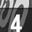
Digit: 4